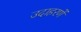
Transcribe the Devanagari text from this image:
उदाहरणें